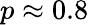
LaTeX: p\approx 0.8